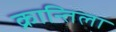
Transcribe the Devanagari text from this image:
क्रान्तिला